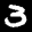
Label: 3